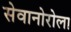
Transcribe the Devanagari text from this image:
सेवानोरोला